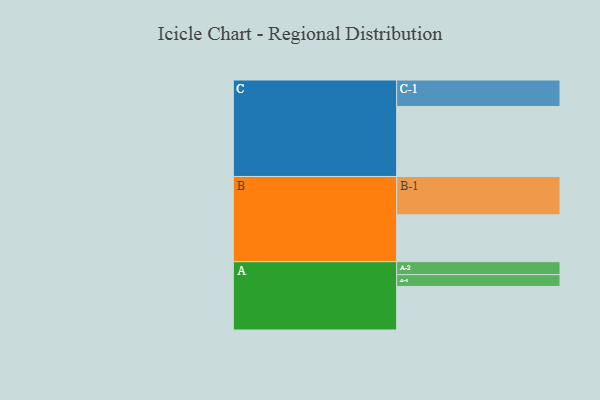
{"axis": {"x": "Segment", "y": "Value"}, "legend": ["", "A", "B", "C"], "data": [{"x": "A", "y": 336, "type": ""}, {"x": "B", "y": 361, "type": ""}, {"x": "C", "y": 540, "type": ""}, {"x": "A-1", "y": 91, "type": "A"}, {"x": "A-2", "y": 100, "type": "A"}, {"x": "B-1", "y": 296, "type": "B"}, {"x": "C-1", "y": 204, "type": "C"}]}